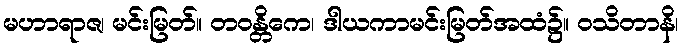
မဟာရာဇ၊ မင်းမြတ်။ တဝန္တိကေ၊ ဒါယကာမင်းမြတ်အထံ၌။ ဝသိတာနိ၊